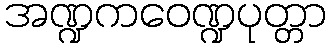
အဏ္ဍကဝေဏ္ဍပုတ္တာ